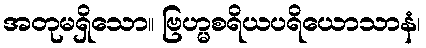
အတုမရှိသော။ ဗြဟ္မစရိယပရိယောသာနံ၊